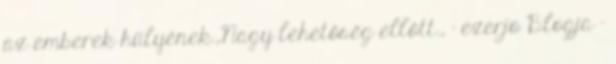
az emberek hülyének.,Nagy lehetőség ellőtt., - ezerjo Blogja -